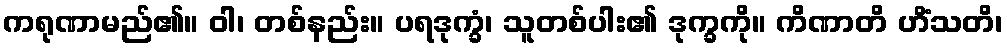
ကရုဏာမည်၏။ ဝါ၊ တစ်နည်း။ ပရဒုက္ခံ၊ သူတစ်ပါး၏ ဒုက္ခကို။ ကိဏာတိ ဟိံသတိ၊